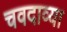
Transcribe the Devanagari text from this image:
चवदाव्या